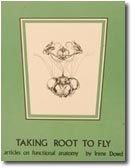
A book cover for Taking Root to Fly: Articles on Functional Anatomy; Irene Dowd; Humor & Entertainment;